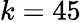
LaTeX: k=45